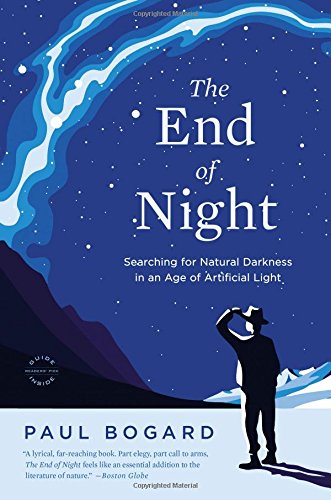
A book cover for The End of Night: Searching for Natural Darkness in an Age of Artificial Light; Paul Bogard; Science & Math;